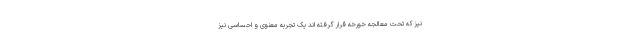
نیز که تحت معالجه خورخه قرار گرفته اند یک تجربه معنوی و احساسی نیز